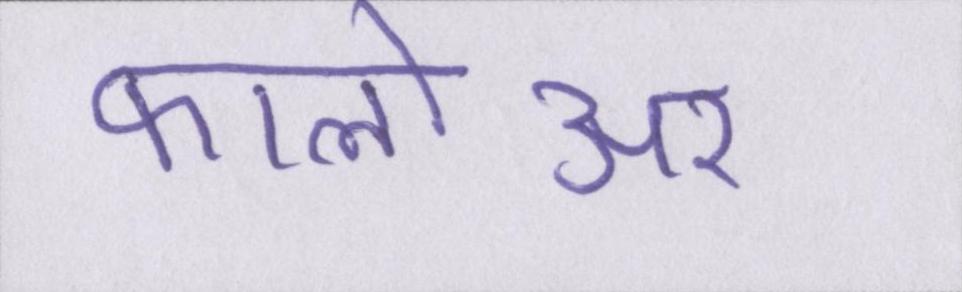
फालोअर